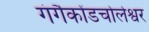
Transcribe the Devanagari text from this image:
गंगैकोंडचोलेश्वर